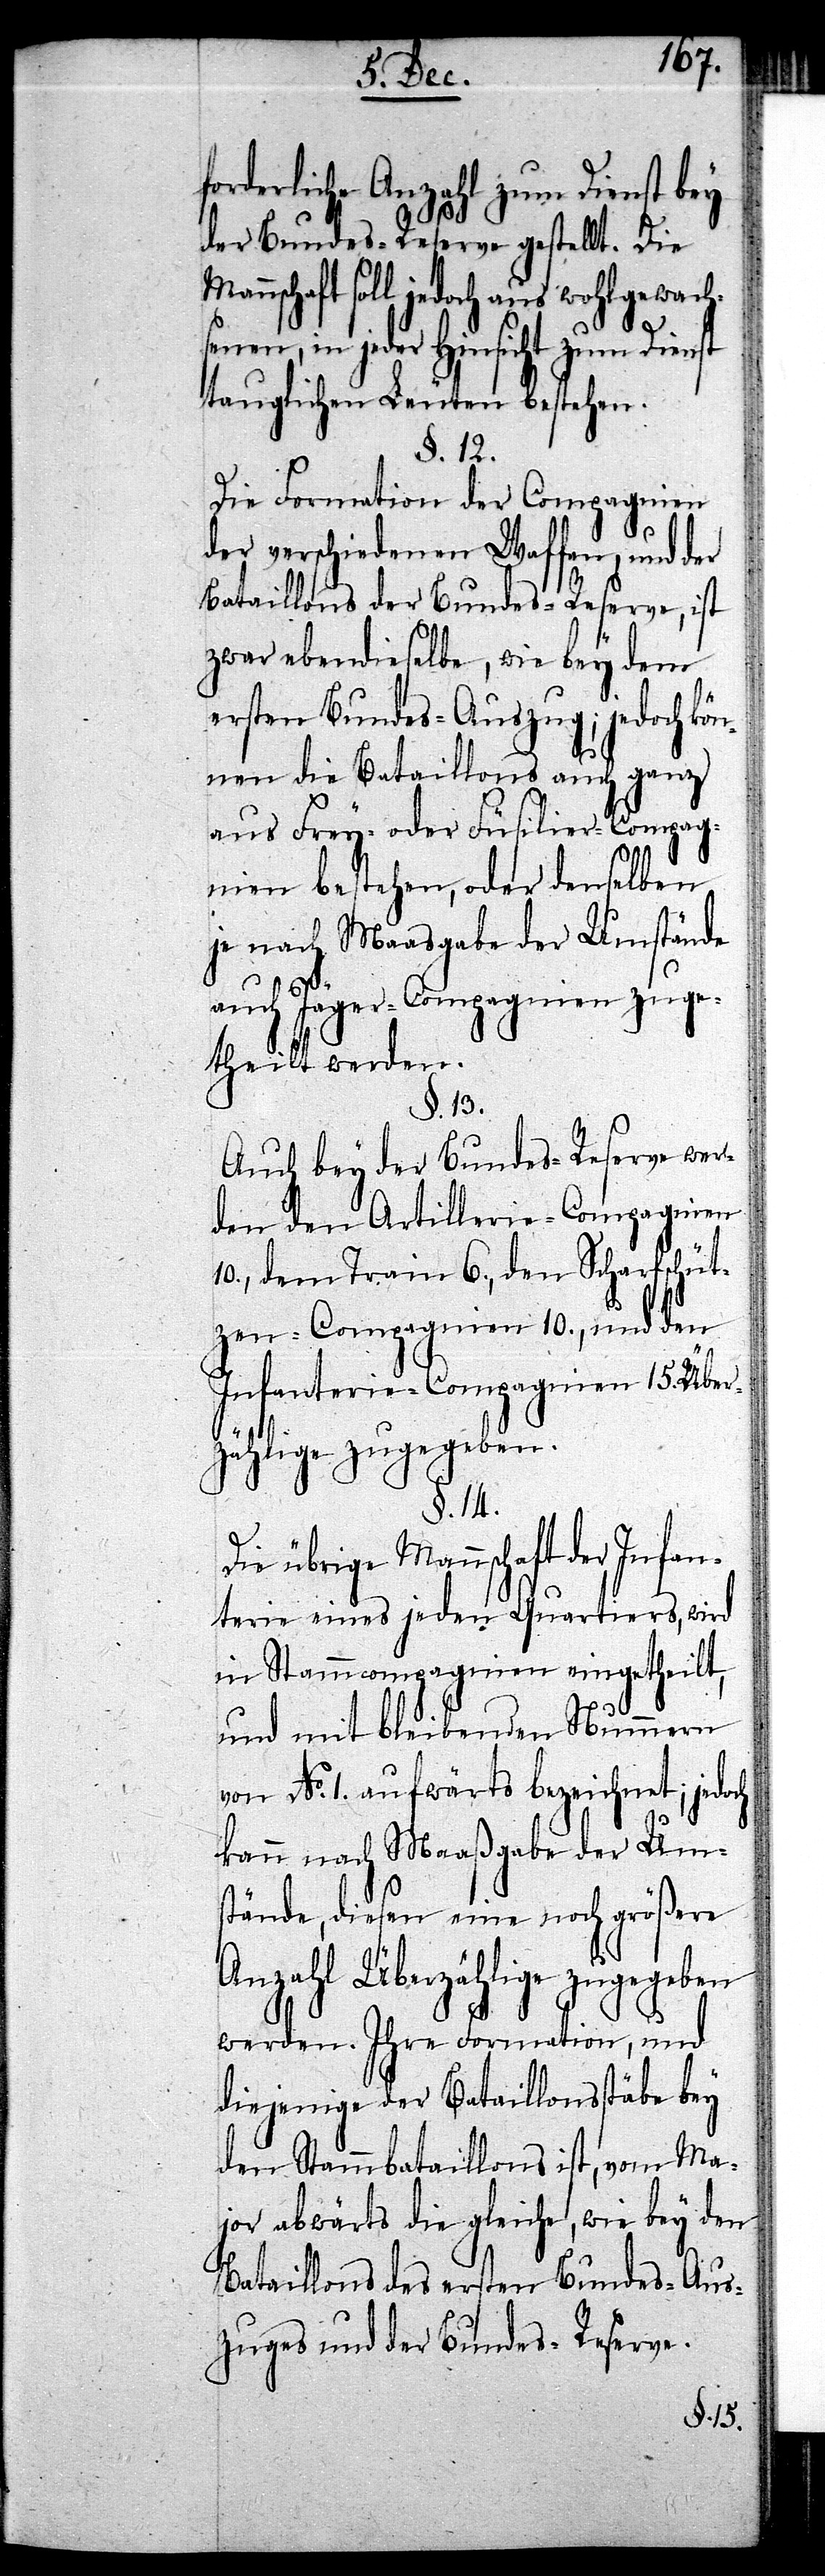
forderliche Anzahl zum Dienst bey
der Bundes-Reserve gestellt. Die
soll jedoch aus wohlgewach¬
senen, in jeder Hinsicht zum Dienst
tauglichen Leuten bestehen.
§. 12.
Die Formation der Compagnien
der verschiedenen Waffen, und der
Bataillons der Bundes-Reserve, ist
zwar ebendieselbe, wie bey dem
ersten Bundes-Auszug; jedoch kön¬
nen die Bataillons auch ganz
aus Frey- oder Füsilier-Compag¬
nien bestehen, oder denselben
je nach Maasgabe der Umstände
auch Jäger-Compagnien zuge¬
theilt werden.
§. 13.
Auch bey der Bundes-Reserve wer¬
den den Artillerie-Compagnien
10., dem Train 6., den Scharfschüt¬
zen-Compagnien 10., und den
Infanterie-Compagnien 15. Über¬
zählige zugegeben.
§. 14.
Die übrige Mannschaft der Infan¬
terie eines jeden Quartiers, wird
in Stammcompagnien eingetheilt,
und mit bleibenden Nummern
von No. 1. aufwärts bezeichnet; jedoch
kann nach Maaßgabe der Um¬
stände, diesen eine noch größere
Anzahl Überzählige zugegeben
werden. Ihre Formation, und
diejenige der Bataillonsstäbe bey
den Stammbataillons ist, vom Ma¬
jor abwärts die gleiche, wie bey den
Bataillons des ersten Bundes-Aus¬
zuges und der Bundes-Reserve.